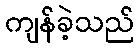
ကျန်ခဲ့သည်